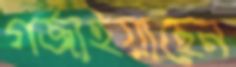
গর্‌জাইয়াছেন